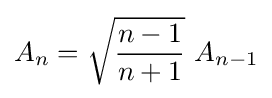
A_{n}={\sqrt {\frac {n-1}{n+1}}}\ A_{n-1}